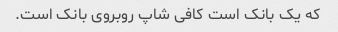
که یک بانک است کافی شاپ روبروی بانک است.